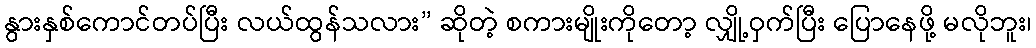
နွားနှစ်ကောင်တပ်ပြီး လယ်ထွန်သလား” ဆိုတဲ့ စကားမျိုးကိုတော့ လျှို့ဝှက်ပြီး ပြောနေဖို့ မလိုဘူး၊